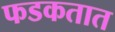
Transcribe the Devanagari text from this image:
फडकतात